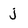
Character: j